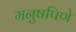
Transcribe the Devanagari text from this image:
मनुषपिणे